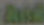
And